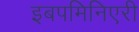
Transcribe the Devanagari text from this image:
इबपमिनिएरी